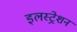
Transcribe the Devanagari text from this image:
इलस्ट्रेशन